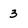
Character: 3